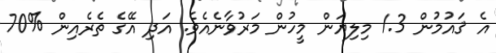
އެ ޤައުމުން 1.3 މިލިޔަން މީހުން މަރުވާނެއެވެ. އަދި އޭގެ ތެރެއިން %70